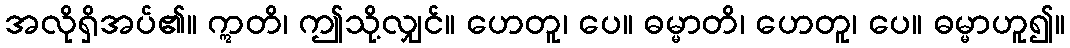
အလိုရှိအပ်၏။ ဣတိ၊ ဤသို့လျှင်။ ဟေတူ၊ ပေ။ ဓမ္မာတိ၊ ဟေတူ၊ ပေ။ ဓမ္မာဟူ၍။